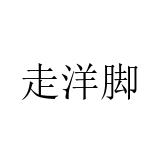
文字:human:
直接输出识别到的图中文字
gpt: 走洋脚